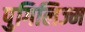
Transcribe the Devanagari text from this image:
पुगिलिज्म